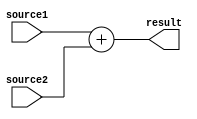
`timescale 1ns / 1ps
//////////////////////////////////////////////////////////////////////////////////
// Company: 
// Engineer: 
// 
// Design Name: 
// Module Name: adder
// Project Name: 
// Target Devices: 
// Tool Versions: 
// Description: 
// 
// Dependencies: 
// 
// Revision:
// Revision 0.01 - File Created
// Additional Comments:
// 
//////////////////////////////////////////////////////////////////////////////////


module adder#(parameter size =8)(
    input [size-1:0] source1,
    input [size-1:0] source2,
    output [size:0]  result
    );
    
    assign result = source1+source2;
    

endmodule